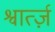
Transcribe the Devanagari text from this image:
श्वार्त्ज़